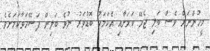
މީހުންނަށް ވެސް ބަލި ޖެހޭ ކަމަށާއި އެކަމަކު ބޮޑުވަރު ނުވެ ބަލިން ފަސޭހަވާކަމަށެވެ.